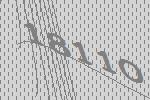
18110